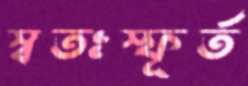
স্বতঃস্ফূর্ত